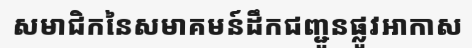
សមាជិកនៃសមាគមន៍ដឹកជញ្ជូនផ្លូវអាកាស